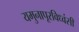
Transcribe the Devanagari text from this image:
यमुनापूरविध्वंसी